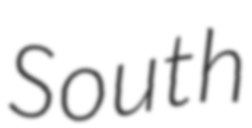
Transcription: South